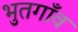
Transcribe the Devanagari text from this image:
भुतगाँव